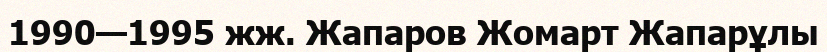
1990—1995 жж. Жапаров Жомарт Жапарұлы